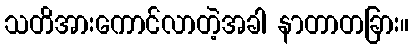
သတိအားကောင်လာတဲ့အခါ နာတာတခြား။